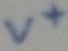
Text: V+